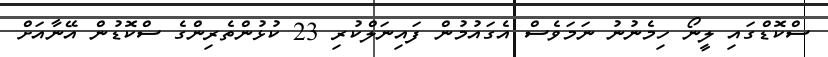
ސްކޮޑްގައި ލީނޯ ހިމެނުނު ނަމަވެސް އެގައުމުން ފައިނަލްކުރި 23 ކުޅުންތެރިންގެ ސްކޮޑުން އޭނާއަށް